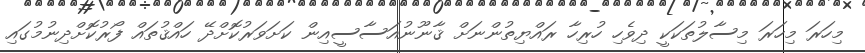
މިހަރަ މިހަރަ މިސާލުތަކަކީ ދިވެހި ހުރިހާ ރައްޔިތުންނަށް ޤާނޫނުއަސާސީއިން ކަށަވަރުކޮށްދޭ ހައްޤުތައް ފޯރުކޮށްދިނުމުގައި